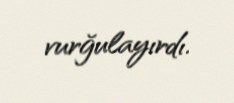
vurğulayırdı.